Problem: 6 × 4 = ?
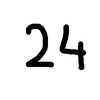
Handwritten answer: 24